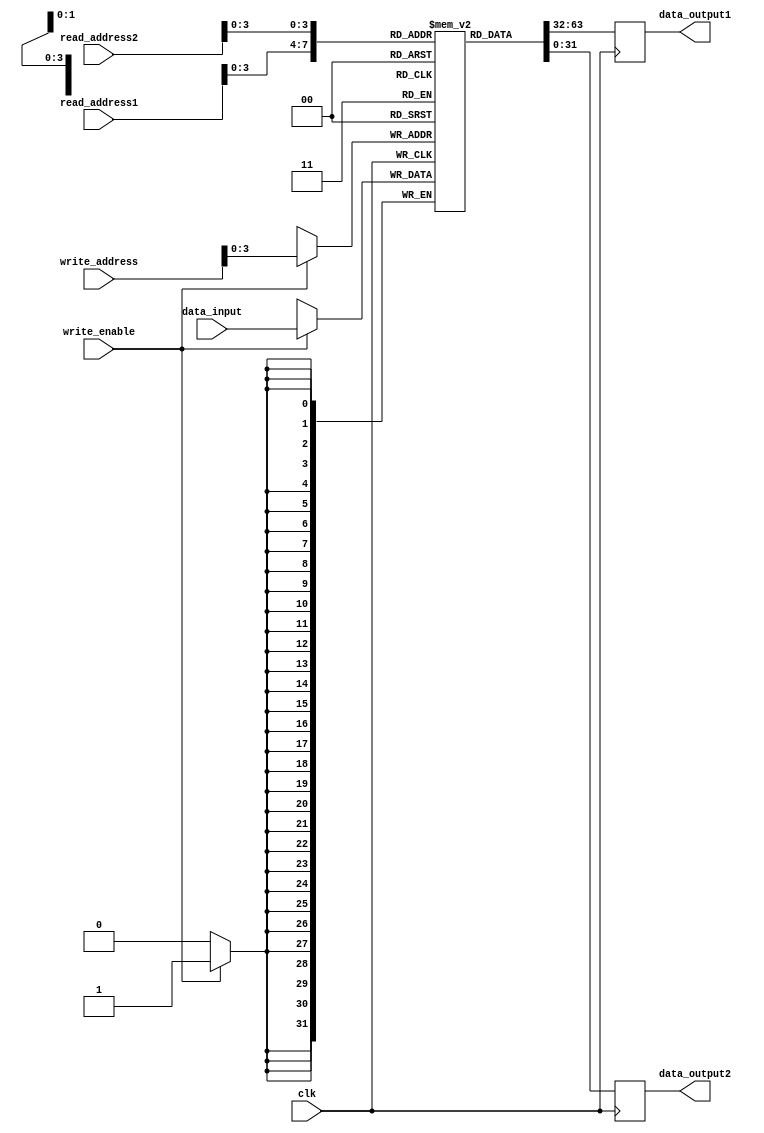
module memory_blocks_multiport_regfile (
    input wire [31:0] read_address1,
    input wire [31:0] read_address2,
    input wire [31:0] write_address,
    input wire [31:0] data_input,
    input wire write_enable,
    input wire clk,
    output reg [31:0] data_output1,
    output reg [31:0] data_output2
);

reg [31:0] memory_block [0:15];

always @(posedge clk) begin
    if (write_enable) begin
        memory_block[write_address] <= data_input;
    end
    
    data_output1 <= memory_block[read_address1];
    data_output2 <= memory_block[read_address2];
end

endmodule